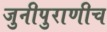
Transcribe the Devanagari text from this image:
जुनीपुराणीच